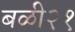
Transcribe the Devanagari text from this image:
बळी२१